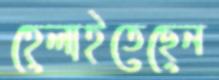
হেলাইতেছেন